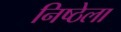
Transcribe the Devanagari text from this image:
निष्ठेला